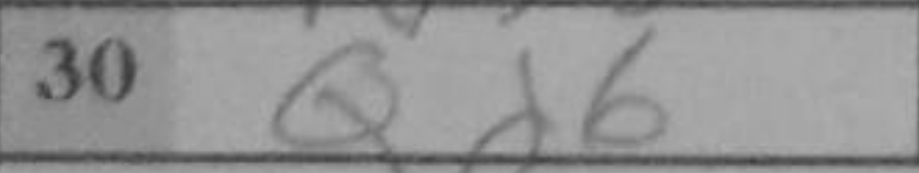
Transcription: Qd6